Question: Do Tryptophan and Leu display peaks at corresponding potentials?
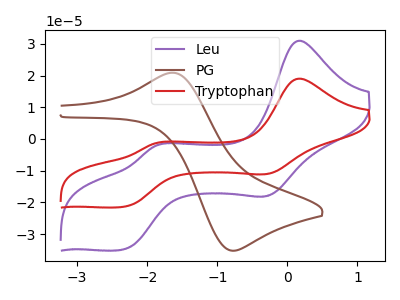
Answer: <think>The purple curve "Leu" has anodic peaks at (0.15V, 31.00uA) (-1.90V, -2.20uA) and cathodic peaks at (-0.25V, -17.80uA) (-2.35V, -34.90uA). The brown curve "PG" has an anodic peak at (-1.60V, 20.85uA) and a cathodic peak at (-0.80V, -35.25uA). The red curve "Tryptophan" has anodic peaks at (0.15V, 19.05uA) (-1.90V, -1.35uA) and cathodic peaks at (-0.25V, -10.90uA) (-2.35V, -21.40uA).</think>
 <answer>Yes, "Tryptophan" have a peak in "Leu" at the same potential.</answer>
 <eval>match</eval>